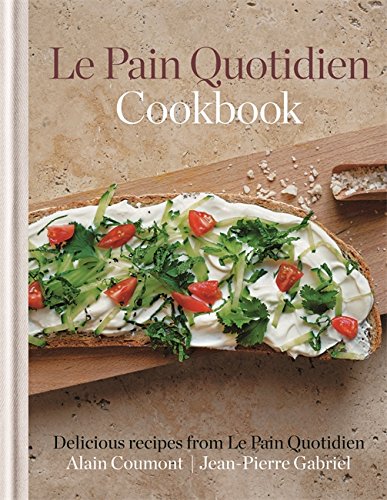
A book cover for Le Pain Quotidien Cookbook; Alain Coumont; Cookbooks, Food & Wine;